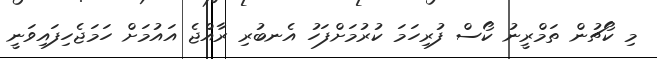
މި ކޯޗުން ތަމްރީނު ކޯސް ފުރިހަމަ ކުރުމަށްފަހު އެނބުރި ރާއްޖެ އައުމަށް ހަމަޖެހިފައިވަނީ